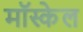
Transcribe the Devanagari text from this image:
मॉस्केल